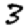
Digit: 3